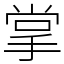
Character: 掌